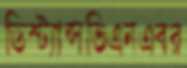
ডিস্ট্যান্সভিএনএবর